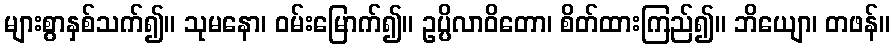
များစွာနှစ်သက်၍။ သုမနော၊ ဝမ်းမြောက်၍။ ဥပ္ပိလာဝိတော၊ စိတ်ထားကြည်၍။ ဘိယျော၊ တဖန်။